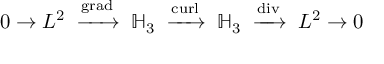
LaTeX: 0 \to L ^ { 2 } \; \; { \xrightarrow { \operatorname { g r a d } } } \; \; \mathbb { H } _ { 3 } \; \; { \xrightarrow { \operatorname { c u r l } } } \; \; \mathbb { H } _ { 3 } \; \; { \xrightarrow { \operatorname { d i v } } } \; \; L ^ { 2 } \to 0